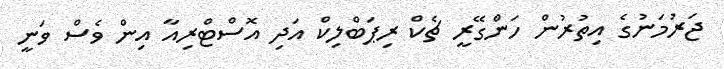
ޖަރުމަނުގެ އިތުރުން ހަންގޭރީ ޗެކް ރިޕަބްލިކް އަދި އޮސްޓްރިއާ އިން ވެސް ވަނީ